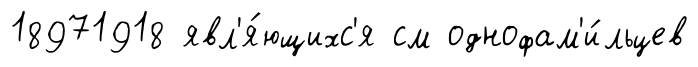
18971918 явл'я́ющихс'я см однофам'и́льцев